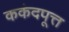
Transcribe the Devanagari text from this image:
ककंदपूत्त